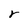
Character: r